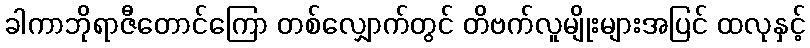
ခါကာဘိုရာဇီတောင်ကြော တစ်လျှောက်တွင် တိဗက်လူမျိုးများအပြင် ထလုနှင့်